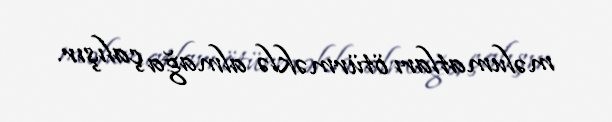
məlumatları ötürməklə almağa çalışır.